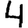
Digit: 4